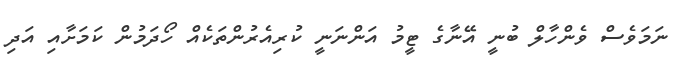
ނަމަވެސް ވެންހާލް ބުނީ އޭނާގެ ޓީމު އަންނަނީ ކުރިއެރުންތަކެއް ހޯދަމުން ކަމަށާއި އަދި